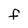
Character: f